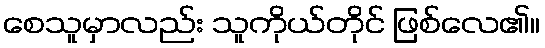
စေသူမှာလည်း သူကိုယ်တိုင် ဖြစ်လေ၏။